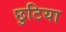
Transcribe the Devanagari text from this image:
छुटिया